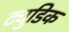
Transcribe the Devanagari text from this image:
ट्युडिक